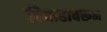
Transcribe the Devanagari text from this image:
विवाहावरून